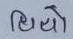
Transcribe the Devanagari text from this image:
थियो